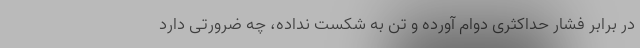
در برابر فشار حداکثری دوام آورده و تن به شکست نداده، چه ضرورتی دارد